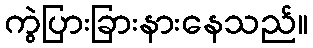
ကွဲပြားခြားနားနေသည်။